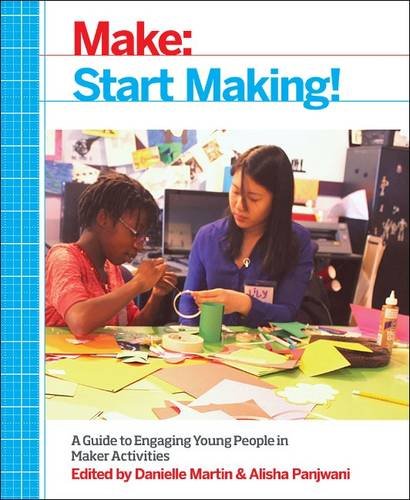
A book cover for Start Making!: A Facilitation Guide from the Clubhouse Community for Everyone; Boston Museum of Science; Children's Books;